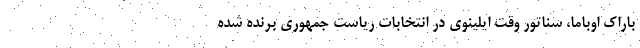
باراک اوباما، سناتور وقت ایلینوی در انتخابات ریاست جمهوری برنده شده